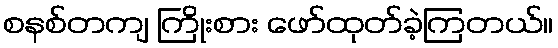
စနစ်တကျ ကြိုးစား ဖော်ထုတ်ခဲ့ကြတယ်။